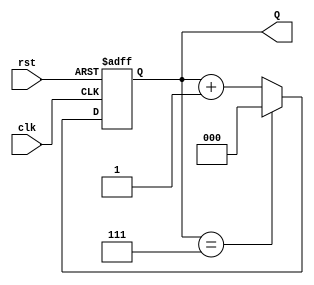
module binary_up_counter #(
    parameter N = 3  // Number of bits for the counter (default is 3 bits)
)(
    input wire clk,   // Clock input
    input wire rst,   // Asynchronous reset input
    output reg [N-1:0] Q  // Counter output
);

// Counter logic
always @(posedge clk or posedge rst) begin
    if (rst) begin
        Q <= 0;  // Reset the counter to 0
    end else begin
        if (Q == (2**N - 1)) begin
            Q <= 0;  // Wrap around to 0 if maximum value is reached
        end else begin
            Q <= Q + 1;  // Increment the counter
        end
    end
end

endmodule